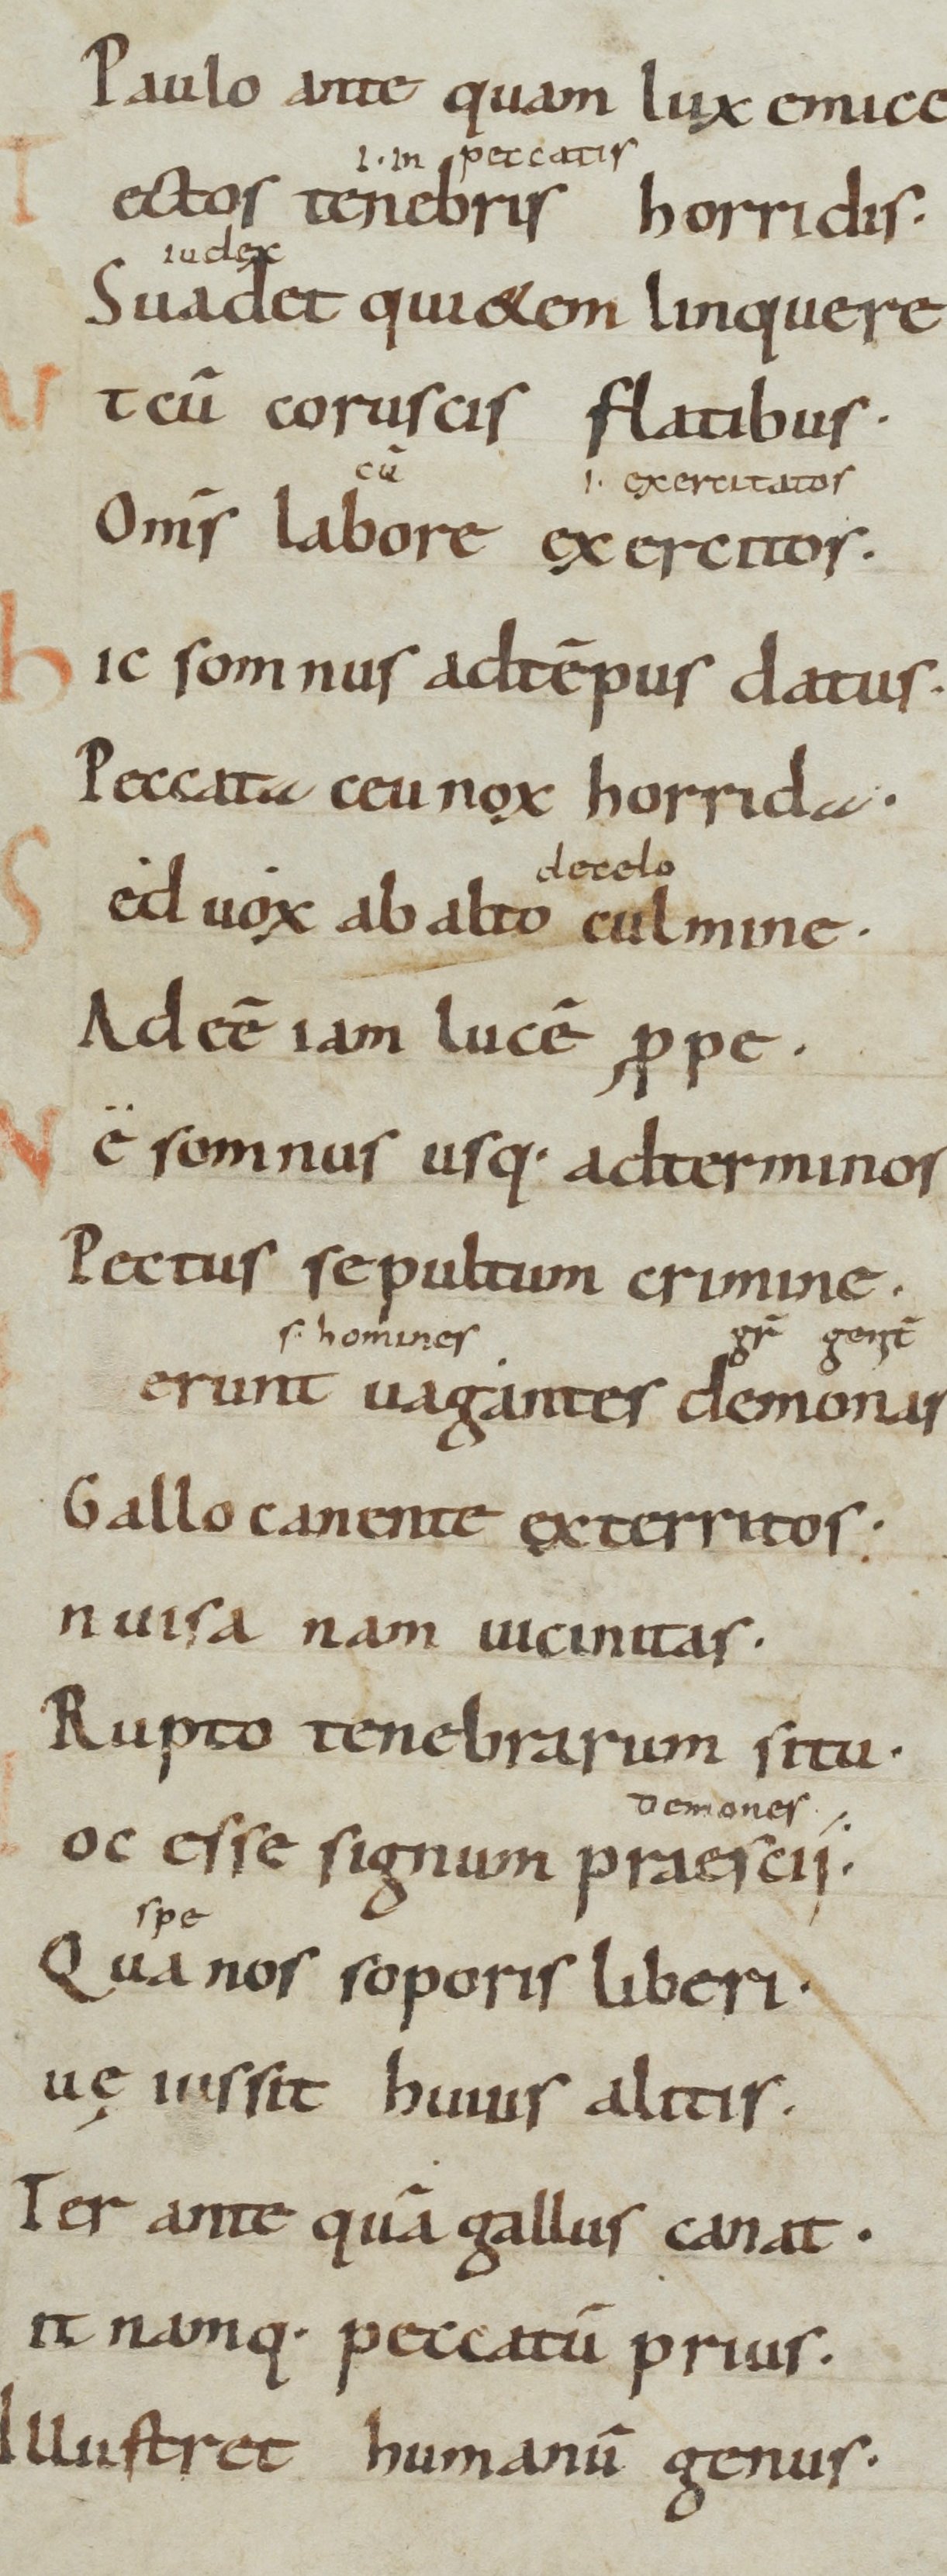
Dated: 900–999